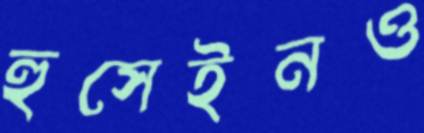
হুসেইনও